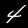
Label: 4